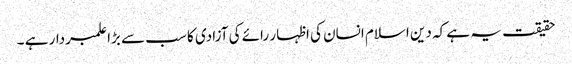
حقیقت یہ ہے کہ دین اسلام انسان کی اظہار رائے کی آزادی کا سب سے بڑا علمبردار ہے ۔